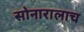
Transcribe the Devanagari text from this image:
सोनारालाच